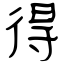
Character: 得